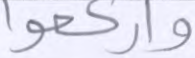
واركعوا